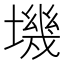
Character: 㙨